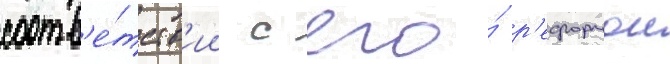
соотв'е́тств'ии с его́ р'еформои